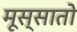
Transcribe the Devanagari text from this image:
मूस्सातो